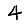
Digit: 4